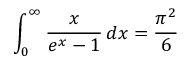
\int _ { 0 } ^ { \infty } { \frac { x } { e ^ { x } - 1 } } \, d x = { \frac { \pi ^ { 2 } } { 6 } }